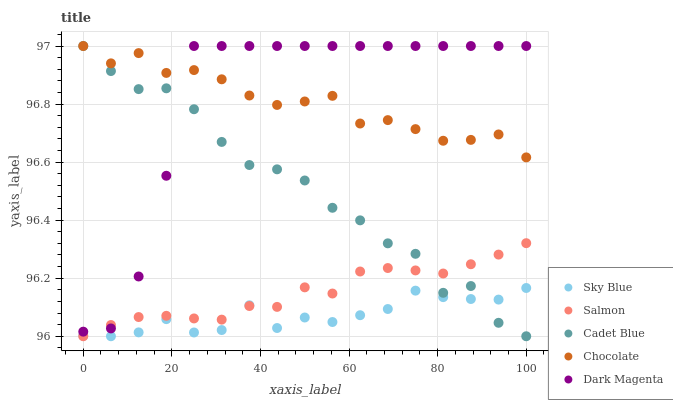
| xaxis_label | Sky Blue | Salmon | Cadet Blue | Chocolate | Dark Magenta |
 | --- | --- | --- | --- | --- | --- |
 | 0 | 96 | 96 | 97 | 97 | 96 |
 | 6.25 | 96 | 96 | 96.9 | 96.9 | 96 |
 | 12.5 | 96 | 96.1 | 96.9 | 97 | 96.2 |
 | 18.8 | 96.1 | 96.1 | 96.9 | 96.9 | 96.6 |
 | 25 | 96 | 96.1 | 96.8 | 96.9 | 97 |
 | 31.2 | 96 | 96.1 | 96.7 | 96.9 | 97 |
 | 37.5 | 96.1 | 96.1 | 96.6 | 96.8 | 97 |
 | 43.8 | 96 | 96.1 | 96.6 | 96.8 | 97 |
 | 50 | 96.1 | 96.2 | 96.5 | 96.8 | 97 |
 | 56.2 | 96 | 96.1 | 96.4 | 96.8 | 97 |
 | 62.5 | 96.1 | 96.2 | 96.4 | 96.7 | 97 |
 | 68.8 | 96.1 | 96.2 | 96.3 | 96.7 | 97 |
 | 75 | 96.2 | 96.2 | 96.3 | 96.7 | 97 |
 | 81.2 | 96.1 | 96.2 | 96.1 | 96.7 | 97 |
 | 87.5 | 96.1 | 96.2 | 96.2 | 96.7 | 97 |
 | 93.8 | 96.1 | 96.3 | 96 | 96.7 | 97 |
 | 100 | 96.2 | 96.3 | 96 | 96.6 | 97 |